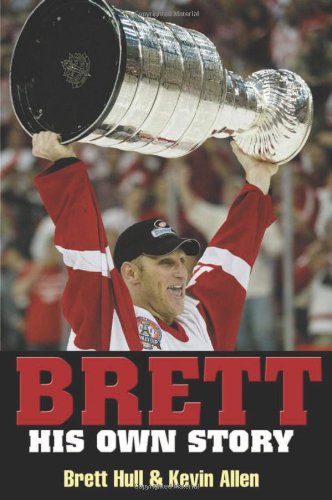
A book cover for Brett: His Own Story; Brett Hull; Biographies & Memoirs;